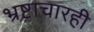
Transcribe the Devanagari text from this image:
भ्रष्टाचारही